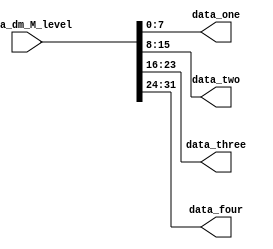
`timescale 1ns / 1ps
//////////////////////////////////////////////////////////////////////////////////
// Company: 
// Engineer: 
// 
// Design Name: 
// Module Name:    fen_wei_qi_2 
// Project Name: 
// Target Devices: 
// Tool versions: 
// Description: 
//
// Dependencies: 
//
// Revision: 
// Revision 0.01 - File Created
// Additional Comments: 
//
//////////////////////////////////////////////////////////////////////////////////
module fen_wei_qi_2(
    input [31:0] data_dm_M_level,
    output [7:0] data_one,
    output [7:0] data_two,
    output [7:0] data_three,
    output [7:0] data_four
    );
	 assign data_one = data_dm_M_level[7:0];
	 assign data_two = data_dm_M_level[15:8];
	 assign data_three = data_dm_M_level[23:16];
	 assign data_four = data_dm_M_level[31:24];

endmodule